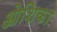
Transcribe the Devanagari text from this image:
ओशिका